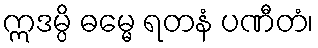
ဣဒမ္ပိ ဓမ္မေ ရတနံ ပဏီတံ၊